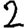
Digit: 2